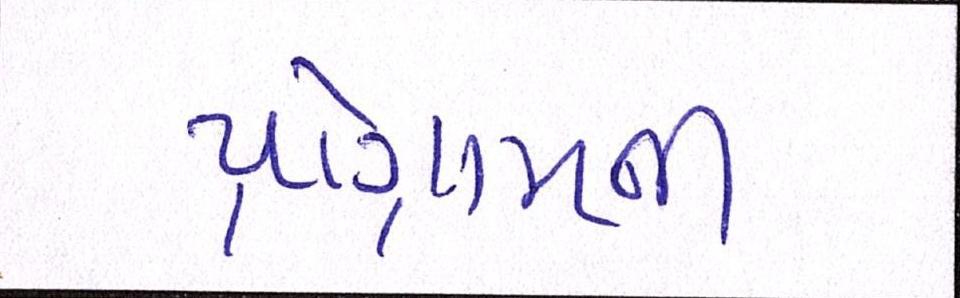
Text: પ્રોગ્રામની